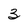
Character: 3